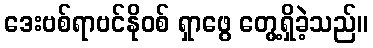
ဒေးဗစ်ရာဗင်နိုဝစ် ရှာဖွေ တွေ့ရှိခဲ့သည်။